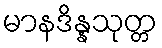
မာနဒိန္နသုတ္တ